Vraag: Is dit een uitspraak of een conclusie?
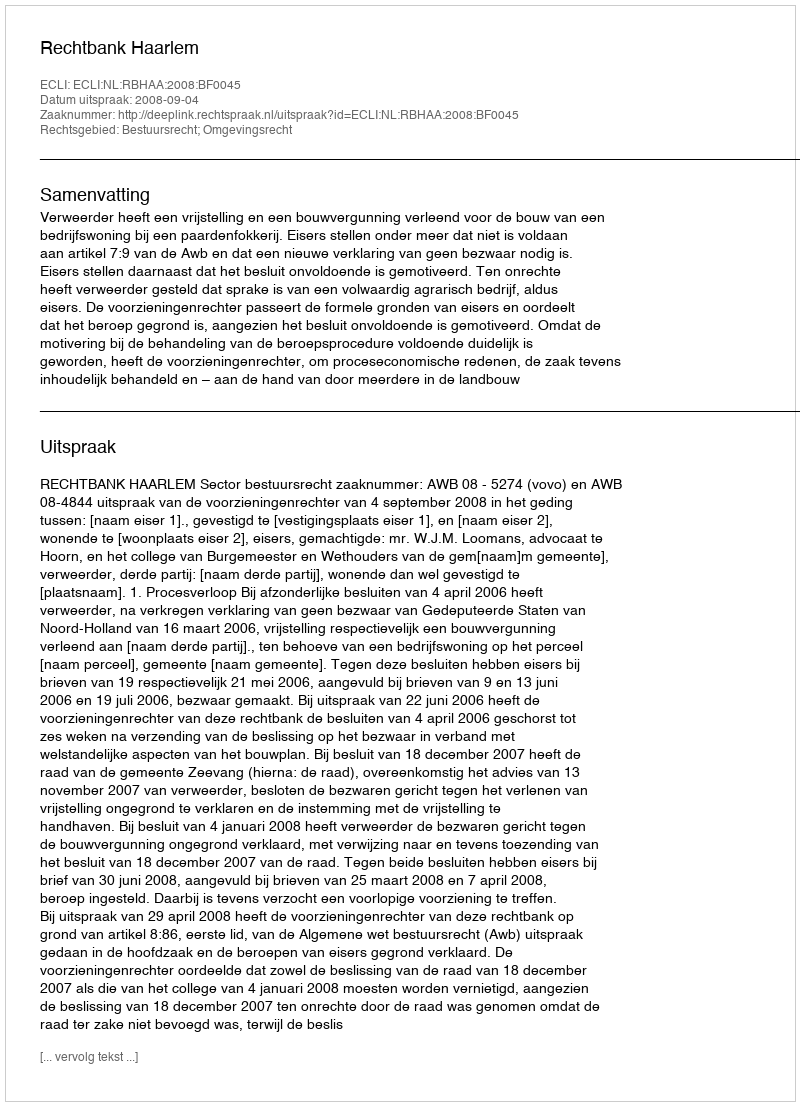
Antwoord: Uitspraak